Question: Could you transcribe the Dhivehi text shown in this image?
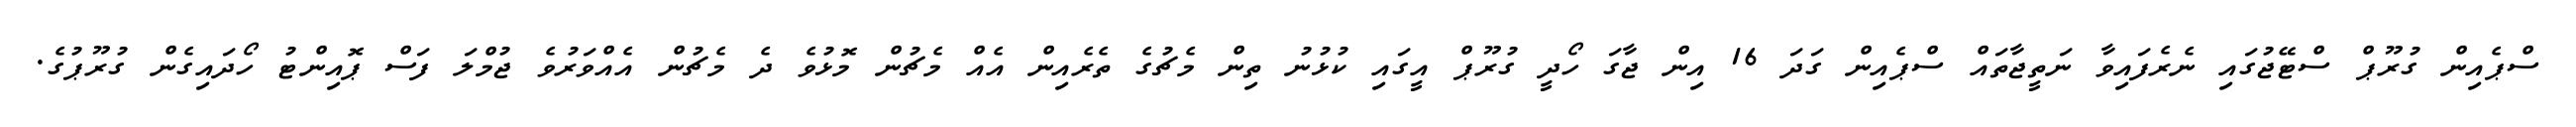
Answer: ސްޕެއިން ގުރޫޕް ސްޓޭޖުގައި ނެރެފައިވާ ނަތީޖާތައް ސްޕެއިން ގަދަ 16 އިން ޖާގަ ހޯދީ ގުރޫޕް އީގައި ކުޅުނު ތިން މެޗުގެ ތެރެއިން އެއް މެޗުން މޮޅުވެ ދެ މެޗުން އެއްވަރުވެ ޖުމްލަ ފަސް ޕޮއިންޓު ހޯދައިގެން ގުރޫޕުގެ.